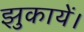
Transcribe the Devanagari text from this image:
झुकायें।